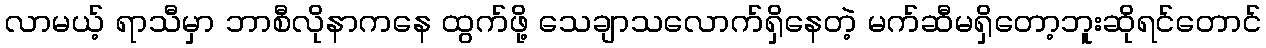
လာမယ့် ရာသီမှာ ဘာစီလိုနာကနေ ထွက်ဖို့ သေချာသလောက်ရှိနေတဲ့ မက်ဆီမရှိတော့ဘူးဆိုရင်တောင်